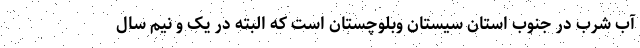
آب شرب در جنوب استان سیستان ‌وبلوچستان است که البته در یک و نیم سال